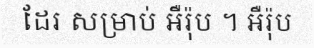
ដែរ សម្រាប់ អឺរ៉ុប ។ អឺរ៉ុប